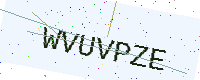
Text: WVUVPZE